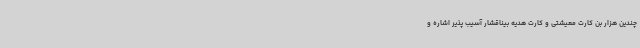
چندین هزار بن کارت معیشتی و کارت هدیه بیناقشار آسیب پذیر اشاره و